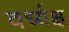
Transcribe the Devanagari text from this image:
वर्ध्यक्ष